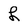
Character: L